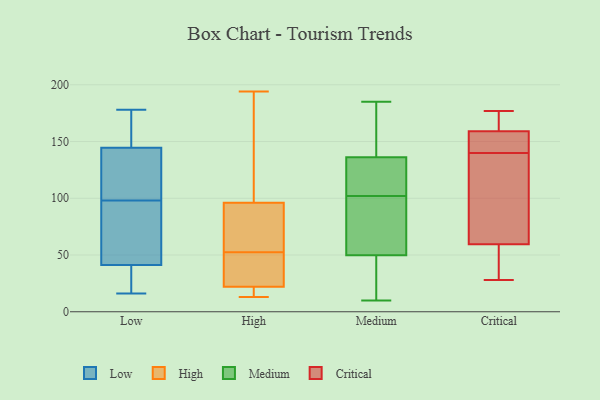
{"axis": {"x": "Temperature (°C)", "y": "Value"}, "legend": ["Critical", "High", "Low", "Medium"], "data": [{"x": "", "y": 38, "type": "Low"}, {"x": "", "y": 173, "type": "Low"}, {"x": "", "y": 81, "type": "Low"}, {"x": "", "y": 16, "type": "Low"}, {"x": "", "y": 148, "type": "Low"}, {"x": "", "y": 51, "type": "Low"}, {"x": "", "y": 69, "type": "Low"}, {"x": "", "y": 98, "type": "Low"}, {"x": "", "y": 116, "type": "Low"}, {"x": "", "y": 129, "type": "Low"}, {"x": "", "y": 17, "type": "Low"}, {"x": "", "y": 166, "type": "Low"}, {"x": "", "y": 134, "type": "Low"}, {"x": "", "y": 178, "type": "Low"}, {"x": "", "y": 32, "type": "Low"}, {"x": "", "y": 39, "type": "High"}, {"x": "", "y": 194, "type": "High"}, {"x": "", "y": 41, "type": "High"}, {"x": "", "y": 96, "type": "High"}, {"x": "", "y": 19, "type": "High"}, {"x": "", "y": 22, "type": "High"}, {"x": "", "y": 152, "type": "High"}, {"x": "", "y": 187, "type": "High"}, {"x": "", "y": 13, "type": "High"}, {"x": "", "y": 47, "type": "High"}, {"x": "", "y": 73, "type": "High"}, {"x": "", "y": 73, "type": "High"}, {"x": "", "y": 58, "type": "High"}, {"x": "", "y": 14, "type": "High"}, {"x": "", "y": 117, "type": "Medium"}, {"x": "", "y": 136, "type": "Medium"}, {"x": "", "y": 144, "type": "Medium"}, {"x": "", "y": 153, "type": "Medium"}, {"x": "", "y": 87, "type": "Medium"}, {"x": "", "y": 57, "type": "Medium"}, {"x": "", "y": 10, "type": "Medium"}, {"x": "", "y": 15, "type": "Medium"}, {"x": "", "y": 120, "type": "Medium"}, {"x": "", "y": 105, "type": "Medium"}, {"x": "", "y": 137, "type": "Medium"}, {"x": "", "y": 43, "type": "Medium"}, {"x": "", "y": 185, "type": "Medium"}, {"x": "", "y": 102, "type": "Medium"}, {"x": "", "y": 17, "type": "Medium"}, {"x": "", "y": 58, "type": "Medium"}, {"x": "", "y": 52, "type": "Medium"}, {"x": "", "y": 139, "type": "Critical"}, {"x": "", "y": 33, "type": "Critical"}, {"x": "", "y": 81, "type": "Critical"}, {"x": "", "y": 163, "type": "Critical"}, {"x": "", "y": 177, "type": "Critical"}, {"x": "", "y": 70, "type": "Critical"}, {"x": "", "y": 155, "type": "Critical"}, {"x": "", "y": 95, "type": "Critical"}, {"x": "", "y": 141, "type": "Critical"}, {"x": "", "y": 166, "type": "Critical"}, {"x": "", "y": 49, "type": "Critical"}, {"x": "", "y": 154, "type": "Critical"}, {"x": "", "y": 154, "type": "Critical"}, {"x": "", "y": 28, "type": "Critical"}, {"x": "", "y": 32, "type": "Critical"}, {"x": "", "y": 176, "type": "Critical"}]}